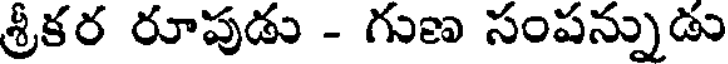
శ్రీకర రూపుడు - గుణ సంపన్నుడు